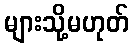
များသို့မဟုတ်